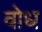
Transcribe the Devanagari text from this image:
वोध